Report on vaccination in Madras 1895-1903 - 1895-1903
Year: 1895
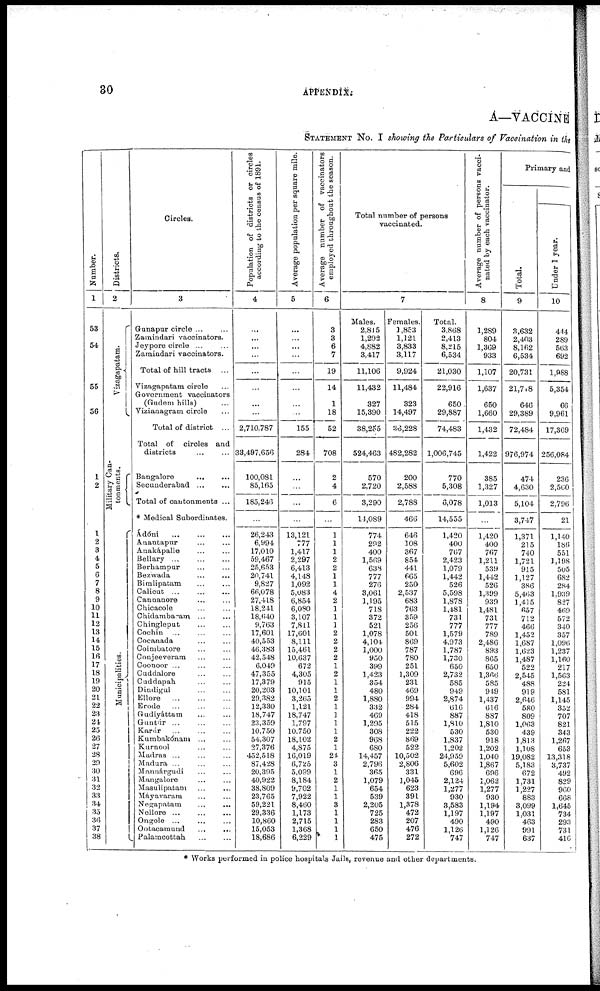
30
APPENDIX.
A—VACCINE
STATEMENT No. I showing the Particulars of Vaccination in the
Number.
1
53
54
55
56
1
2
1
2
3
4
5
6
7
8
9
10
11
12
13
14
15
16
17
18
19
20
21
22
23
24
25
26
27
28
29
30
31
32
33
34
35
36
37
38
Districts.
2
Vizagapatam.
Military Can-
tonments.
Municipalities.
Circles.
3
Gunapur circle ... ...
Zamindari vaccinators.
Jeypore circle ... ...
Zamindari vaccinators.
Total of hill tracts ...
Vizagapatam circle ...
Government vaccinators
(Gudem hills) ...
Vizianagram circle ...
Total of district ...
Total of circles and
districts ... ...
Bangalore
... ...
Secunderabad ... ...
Total of cantonments ...
* Medical Subordinates.
Ádóni ... ... ...
Anantapur ... ...
Anakápalle ... ...
Bellary ... ... ...
Berhampur ... ...
Bezwada ... ...
Bimlipatam ... ...
Calicut ... ...
Cannanore ... ...
Chicacole ... ...
Chidambaram ... ...
Chingleput ... ...
Cochin ... ... ...
Cocanada ... ...
Coimbatore ... ...
Conjeeveram ... ...
Coonoor ... ... ...
Cuddalore ... ...
Cuddapah ... ...
Dindigul ... ...
Ellore
...
...
...
Erode
...
...
...
Gudiyáttam ... ...
Guntúr ... ... ...
Karúr ... ... ...
Kumbakónam ... ...
Kurnool ... ...
Madras ... ... ...
Madura ... ... ...
Manuárgudi ... ...
Mangalore ... ...
Masulipatam ... ...
Máyavaram ... ...
Negapatam ... ...
Nellore ... ... ...
Ongole ... ... ...
Ootacamund
...
...
Palamcottah ... ...
Population of districts or circles
according to the census of 1891.
4
...
...
...
...
...
...
...
...
2,710,787
33,497,656
100,081
85,165
185,246
...
26,243
6,994
17,010
59,467
25,653
20,741
9,827
66,078
27,418
18,241
18,640
9,763
17,601
40,553
46,383
42,548
6,049
47,355
17,379
20,203
29,382
12,330
18,747
23,359
10,750
54,307
27,376
452,518
87,428
20,395
40,922
38,809
23,765
59,221
29,336
10,860
15,053
18,686
Average population per square mile.
5
...
...
...
...
...
...
...
...
155
284
...
...
...
...
13,121
777
1,417
2,297
6,413
4,148
1,092
5,083
6,854
6,080
3,107
7,811
17,601
8,111
15,461
10,637
672
4,305
915
10,101
3,265
1,121
18,747
1,797
10,750
18,102
4,875
16,019
6,725
5,099
8,184
9,702
7,922
8,460
1,173
2,715
1,368
6,229
Average number of vaccinators
employed throughout the season.
6
3
3
6
7
19
14
1
18
52
708
2
4
6
...
1
1
1
2
2
1
1
4
2
1
1
1
2
2
2
2
1
2
1
1
2
1
1
1
1
2
1
24
3
1
2
1
1
3
1
1
1
1
Total number of persons
vaccinated.
7
Males.
2,815
1,292
4,882
3,417
11,106
11,432
327
15,390
38,255
524,463
570
2,720
3,290
14,089
774
292
400
1,569
638
777
276
3,061
1,195
718
372
521
1,078
4,104
1,000
950
399
1,423
354
480
1,880
332
469
1,295
308
968
680
14,457
2,796
365
1,079
654
539
2,205
725
283
650
475
Females.
1,853
1,121
3,833
3,117
9,924
11,484
323
14,497
36,228
482,282
200
2,588
2,788
466
646
108
367
854
441
665
250
2,537
683
763
359
256
501
869
787
780
251
1,309
231
469
994
284
418
515
222
869
522
10,502
2,806
331
1,045
623
391
1,378
472
207
476
272
Total.
3,868
2,413
8,215
6,534
21,030
22,916
650
29,887
74,483
1,006,745
770
5,308
6,078
14,555
1,420
400
767
2,423
1,079
1,442
526
5,598
1,878
1,481
731
777
1,579
4,973
1,787
1,730
650
2,732
585
949
2,874
616
887
1,810
530
1,837
1,202
24,959
5,602
696
2,124
1,277
930
3,583
1,197
490
1,126
747
Average number of persons vacci-
nated by each vaccinator.
8
1,289
804
1,369
933
1,107
1,637
650
1,660
1,432
1,422
385
1,327
1,013
...
1,420
400
767
1,211
539
1,442
526
1,399
939
1,481
731
777
789
2,486
893
865
650
1,366
585
949
1,437
616
887
1,810
530
918
1,202
1,040
1,867
696
1,062
1,277
930
1,194
1,197
490
1,126
747
Primary and
Total.
9
3,632
2,403
8,162
6,534
20,731
21,718
646
29,389
72,484
976,974
474
4,630
5,104
3,747
1,371
215
740
1,721
915
1,127
386
5,463
1,415
657
712
466
1,452
1,687
1,623
1,487
522
2,545
488
919
2,646
580
809
1,063
439
1,813
1,108
19,082
5,183
672
1,731
1,227
883
3,099
1,031
463
991
637
Under 1 year.
10
444
289
563
692
1,988
5,354
66
9,961
17,369
256,084
236
2,560
2,796
21
1,140
186
551
1,198
505
682
284
1,939
827
469
572
340
357
1,096
1,237
1,160
217
1,563
224
581
1,145
352
707
821
343
1,267
653
13,318
3,737
492
829
960
668
1,645
734
293
731
416
* Works performed in police hospitals Jails, revenue and other departments.